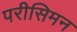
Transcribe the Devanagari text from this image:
परीसिमन